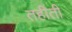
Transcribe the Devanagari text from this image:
तहीती